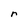
Character: r